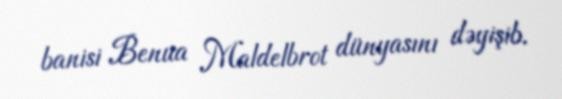
banisi Benua Maldelbrot dünyasını dəyişib.